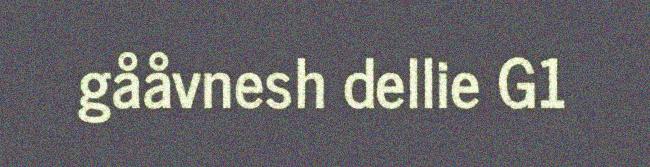
gååvnesh dellie G1